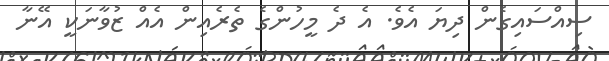
ސިއްސައިގެން ދިޔަ އެވެ. އެ ދެ މީހުންގެ ތެރެއިން އެއް ޒުވާނަކީ އޭނާ